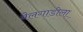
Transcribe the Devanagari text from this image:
बैलगाडीला